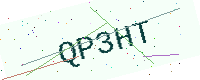
Text: QP3HT